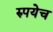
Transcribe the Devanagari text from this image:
रुपयेच